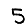
Digit: 5